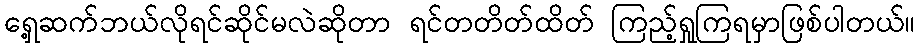
ရှေ့ဆက်ဘယ်လိုရင်ဆိုင်မလဲဆိုတာ ရင်တတိတ်ထိတ် ကြည့်ရှုကြရမှာဖြစ်ပါတယ်။